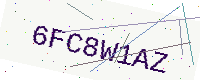
Text: 6FC8W1AZ